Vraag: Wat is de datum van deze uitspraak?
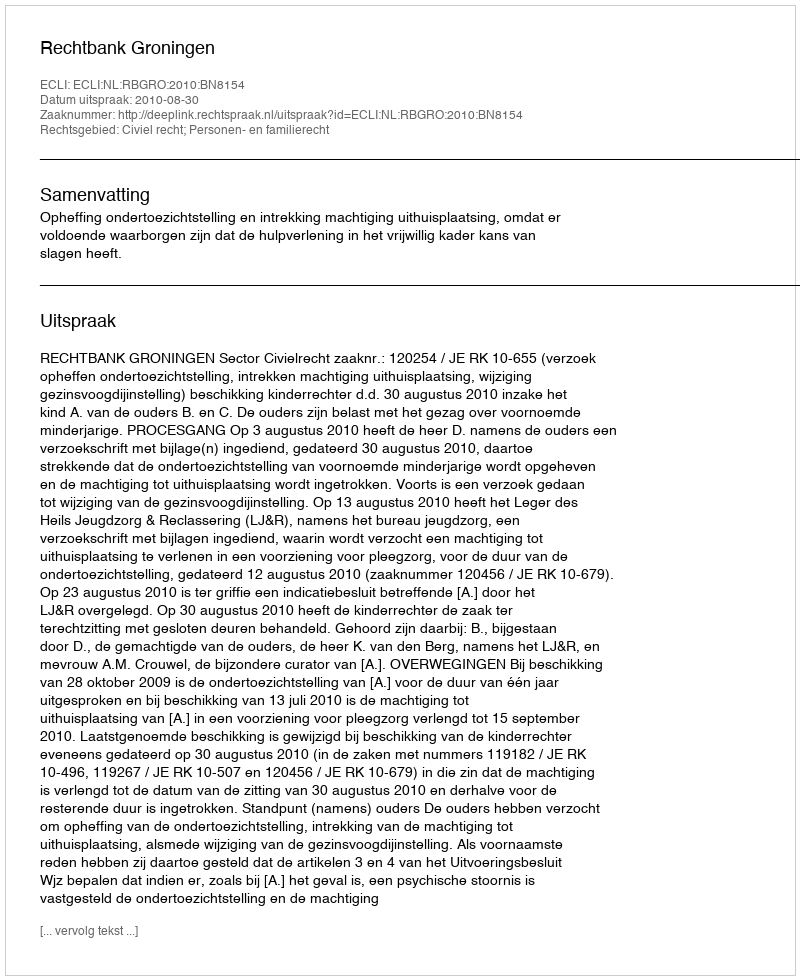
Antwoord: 2010-08-30